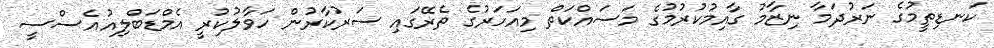
ކަނޑިތީމުގެ ނަރުދަމާ ނިޒާމު ގާއިމުކުރުމުގެ މަސައްކަތް މިއަހަރުގެ ތެރޭގައި ސަރުކާރުން ހަވާލުކުރީ އެމްޑަބްލިއުއެސްސީ